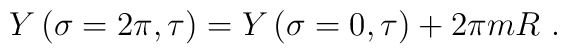
Y\left( \sigma = 2\pi , \tau \right) = Y\left( \sigma = 0, \tau\right) +2\pi m R\ .